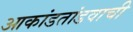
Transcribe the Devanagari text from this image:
आकांडतांडवाची